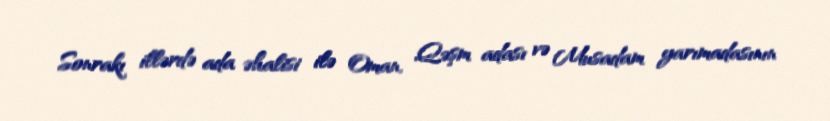
Sonrakı illərdə ada əhalisi ilə Oman, Qəşm adası və Musadam yarımadasının